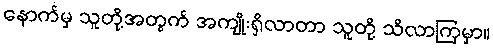
နောက်မှ သူတို့အတွက် အကျိုးရှိလာတာ သူတို့ သိလာကြမှာ။